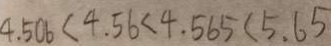
4 . 5 0 6 < 4 . 5 6 < 4 . 5 6 5 < 5 . 6 5